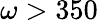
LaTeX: \omega>350